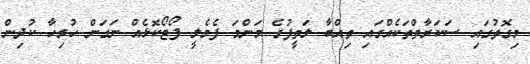
މިގޮތުގައި ސަކަރާތްތަކެއްގައި ތިއްބާ ލަތީފުގެ މަންމަ ފެމެލީ ފޯޓޯކޮޅެއް ނަގަން ހުރިހާ ކުދިން